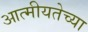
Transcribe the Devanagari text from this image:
आत्मीयतेच्या